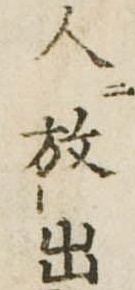
人放出